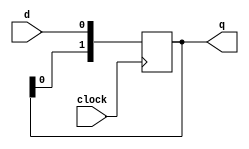
`timescale 1ns / 1ns
//////////////////////////////////////////////////////////////////////////////////
// Company: 
// Engineer: 
// 
// Design Name: 
// Module Name: shiftB
// Project Name: 
// Target Devices: 
// Tool Versions: 
// Description: 
// 
// Dependencies: 
// 
// Revision:
// Revision 0.01 - File Created
// Additional Comments:
// 
//////////////////////////////////////////////////////////////////////////////////


module shiftB(q,clock,d);
output [1:0] q;
input clock,d;
reg [1:0] q;
always @(posedge clock)
begin
    q[0]<=d;
    q[1]<=q[0];
end
endmodule